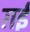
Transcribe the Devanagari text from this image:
ग़ईं